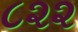
૮૨૨